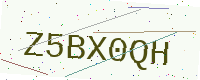
Text: Z5BX0QH